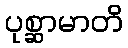
ပုစ္ဆာမာတိ